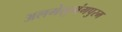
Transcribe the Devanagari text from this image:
अलमेलुमंगपुरम